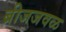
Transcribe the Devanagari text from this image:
ब्रीजजवळ